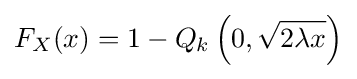
F_{X}(x)=1-Q_{k}\left(0,{\sqrt {2\lambda x}}\right)